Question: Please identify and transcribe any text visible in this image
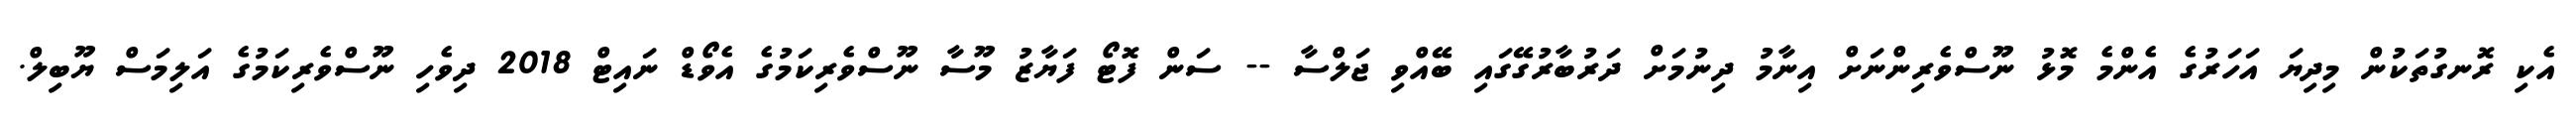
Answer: އެކި ރޮނގުތަކުން މިދިޔަ އަހަރުގެ އެންމެ މޮޅު ނޫސްވެރިންނަށް އިނާމު ދިނުމަށް ދަރުބާރުގޭގައި ބޭއްވި ޖަލްސާ -- ސަން ފޮޓޯ ފަޔާޒު މޫސާ ނޫސްވެރިކަމުގެ އެވޯޑް ނައިޓް 2018 ދިވެހި ނޫސްވެރިކަމުގެ އަލިމަސް ޔޫބިލް.